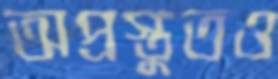
অপ্রস্তুতও